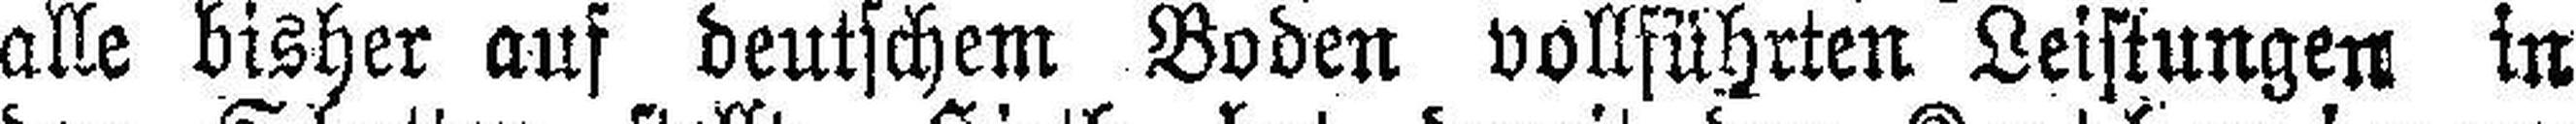
alle bisher auf deutschem Boden vollführten Leistungen in